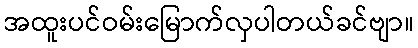
အထူးပင်ဝမ်းမြောက်လှပါတယ်ခင်ဗျာ။